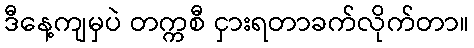
ဒီနေ့ကျမှပဲ တက္ကစီ ငှားရတာခက်လိုက်တာ။